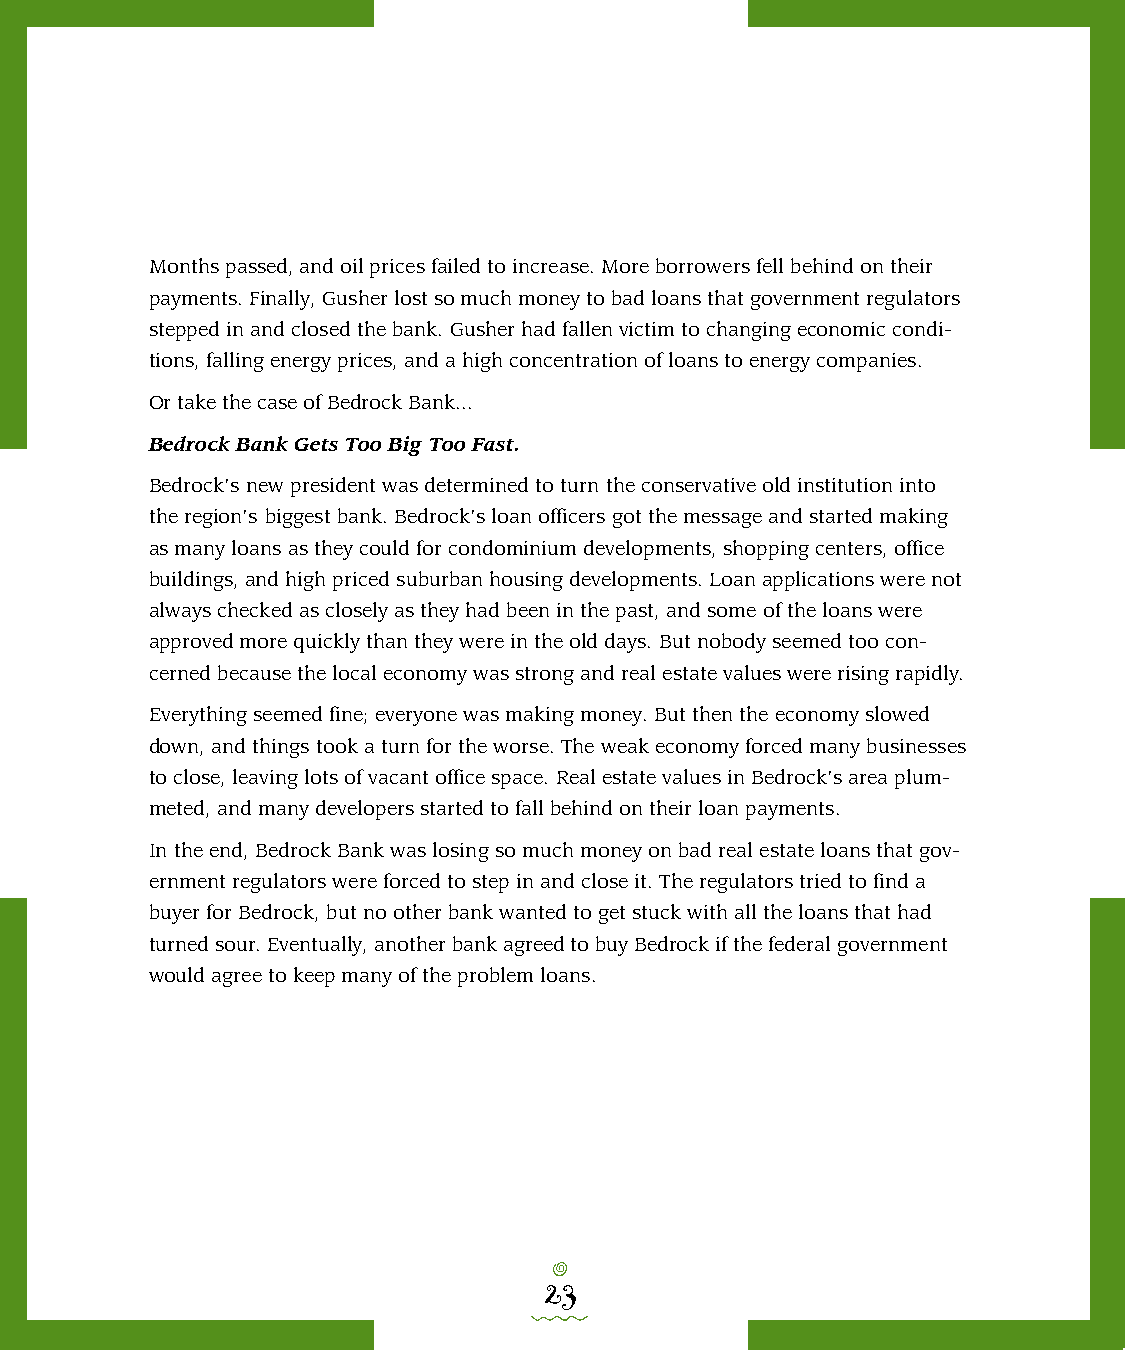
Months passed, and oil prices failed to increase. More borrowers fell behind on their
 payments. Finally, Gusher lost so much money to bad loans that government regulators
 stepped in and closed the bank. Gusher had fallen victim to changing economic condi-
 tions, falling energy prices, and a high concentration of loans to energy companies.
 Or take the case of Bedrock Bank...
 Bedrock Bank Gets Too Big Too Fast.
 Bedrock’s new president was determined to turn the conservative old institution into
 the region’s biggest bank. Bedrock’s loan officers got the message and started making
 as many loans as they could for condominium developments, shopping centers, office
 buildings, and high priced suburban housing developments. Loan applications were not
 always checked as closely as they had been in the past, and some of the loans were
 approved more quickly than they were in the old days. But nobody seemed too con-
 cerned because the local economy was strong and real estate values were rising rapidly.
 Everything seemed fine; everyone was making money. But then the economy slowed
 down, and things took a turn for the worse. The weak economy forced many businesses
 to close, leaving lots of vacant office space. Real estate values in Bedrock’s area plum-
 meted, and many developers started to fall behind on their loan payments.
 In the end, Bedrock Bank was losing so much money on bad real estate loans that gov-
 ernment regulators were forced to step in and close it. The regulators tried to find a
 buyer for Bedrock, but no other bank wanted to get stuck with all the loans that had
 turned sour. Eventually, another bank agreed to buy Bedrock if the federal government
 would agree to keep many of the problem loans.
 o
 23
 0